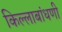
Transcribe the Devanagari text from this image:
किल्लाबांधणी